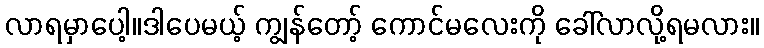
လာရမှာပေါ့။ဒါပေမယ့် ကျွန်တော့် ကောင်မလေးကို ခေါ်လာလို့ရမလား။